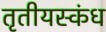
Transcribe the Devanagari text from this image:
तृतीयस्कंध